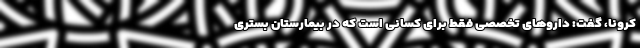
کرونا، گفت: داروهای تخصصی فقط برای کسانی است که در بیمارستان بستری